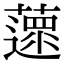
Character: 𦾽